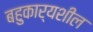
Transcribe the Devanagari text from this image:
बहुकार्यशील